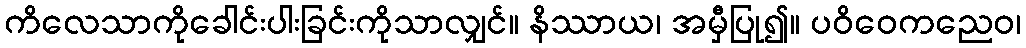
ကိလေသာကိုခေါင်းပါးခြင်းကိုသာလျှင်။ နိဿာယ၊ အမှီပြု၍။ ပဝိဝေကညေဝ၊